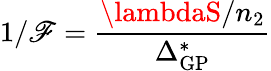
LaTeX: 1/\mathscr{F}=\frac{{\lambdaS/n_{2}}}{{\Delta_{\mathrm{{GP}}}^{*}}}